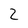
Character: 2